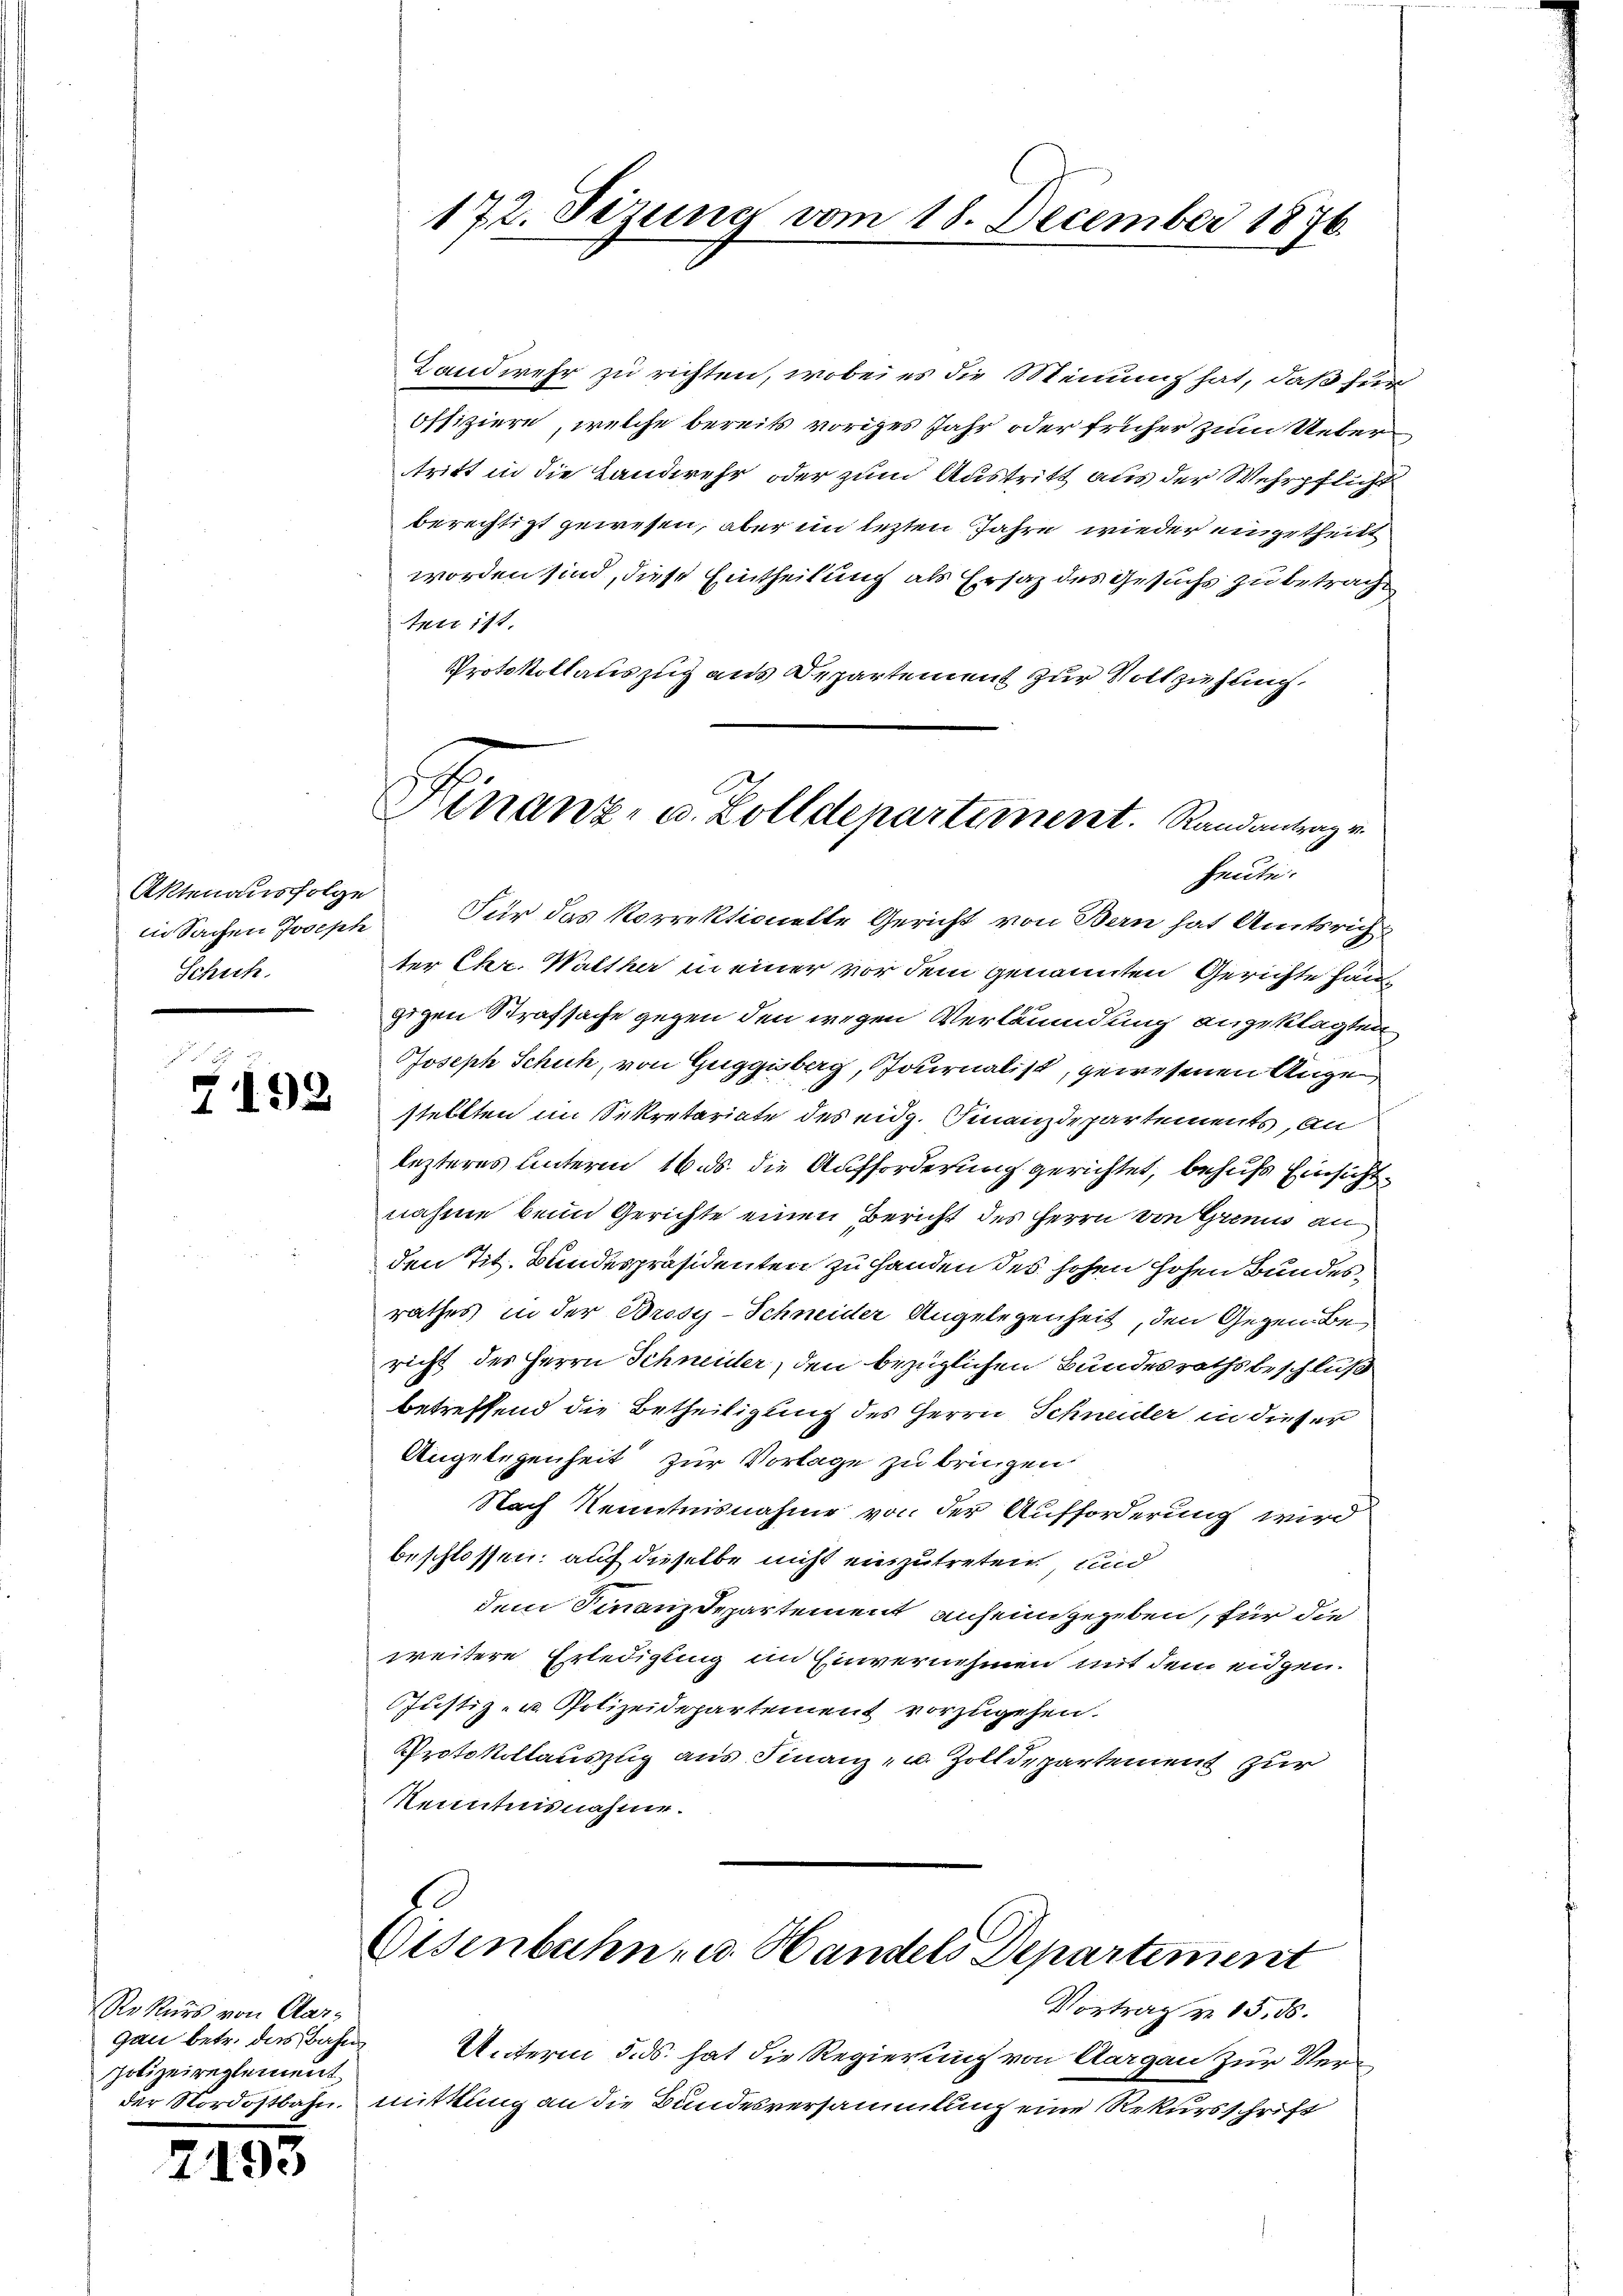
in Sachen Joseph
Schich

f
7192

Rekurs von Aargan betr. das Bahn
polizeireglement

172. Sezung vom 18. December 1876.

Landwehr zu richten, wobei es die Meinung hat, daß für
offiziere, welche bereits voriges Jahr oder früher zum Ueber
tritt in die Landwehr oder zum Austritt aus der Wehrpflicht
berechtigt gewesen, aber im lezten Jahre wieder eingetheilt
worden sind, diese Eintheilung als Ersatz des Gesuchs zu betrachtner 171.
Protokollauszug aus Departement zur Vollziehung.
Aktenausfolge für das korrektionelle Gericht von Bern hat Amtsrich
ter Chr. Walther in einer vor dem genannten Gerichte han
gigen Strafsache gegen den wegen Verläumdung angeklagten
Joseph Schuh, von Guggisberg, Journalist, gewesenen Angestellten im Sekretariate des eidg. Finanzdepartements, an
lezteres unterm 16. ds. die Aufforderung gerichtet, behufs Einsichtnahme beim Gerichte einen Bericht des Herrn von Grenis an
den Tit. Bundespräsidenten zu Handen des hohen hohen Bundesrathes in der Brosy-Schneider Angelegenheit, den Gegen Bericht des Herrn Schneider, den bezüglichen Bundesrathsbeschluß
betreffend die Betheiligung des Herrn Schneider in dieser
Angelegenheit zur Vorlage zu bringen.
Nach Kenntnisnahme von der Aufforderung wird
beschlossen: auf dieselbe nicht einzutreten, und
dem Finanzdepartement anheimgegeben, für die
weitere Erledigung im Einvernehmen mit dem eidgen.
Justiz- u. Polizeidepartement vorzugehen.
Protokollauszug aus Finanz- u. Zolldepartement zur
Kenntnisnahme.

Finanz- u. Zolldepartement. Randantrag v
heute.

Eisenbahn- u. Handels Departement

Vortrag von 15. ds.
Unterm 5. ds. hat die Regierung von Aargau zur Verder Nordostbahn, mittlung an die Bundesversammlung eine Rekursschrift